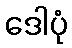
ဒေါပုံ